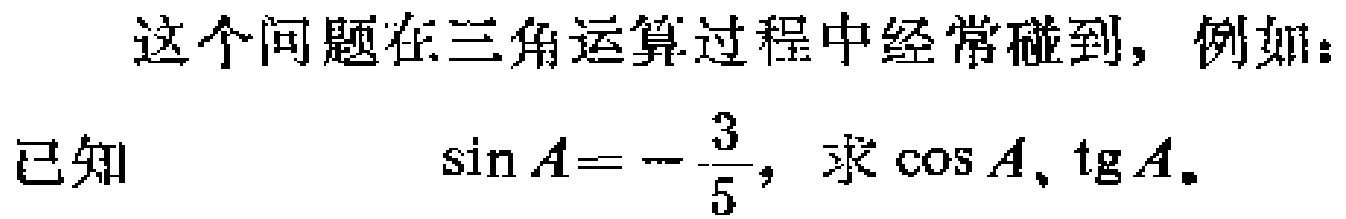
这个问题在三角运算过程中经常碰到，例如：
已知
\(\sin A = -\frac{3}{5}\)，求\(\cos A\)、\(\mathrm{tg} A\)。